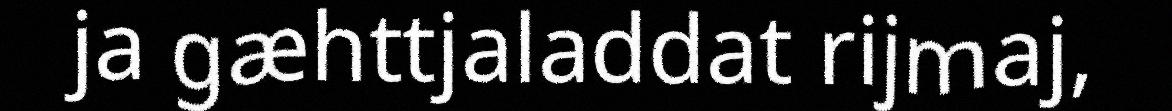
ja gæhttjaladdat rijmaj,